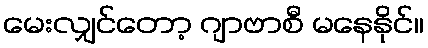
မေးလျှင်တော့ ဂျာဗာစီ မနေနိုင်။